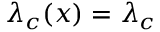
\lambda _ { c } ( x ) = \lambda _ { c }